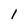
Character: I